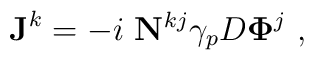
{\bf J}^k= -i~{\bf  N}^{kj}\gamma_p D {\bf \Phi}^j ~ ,